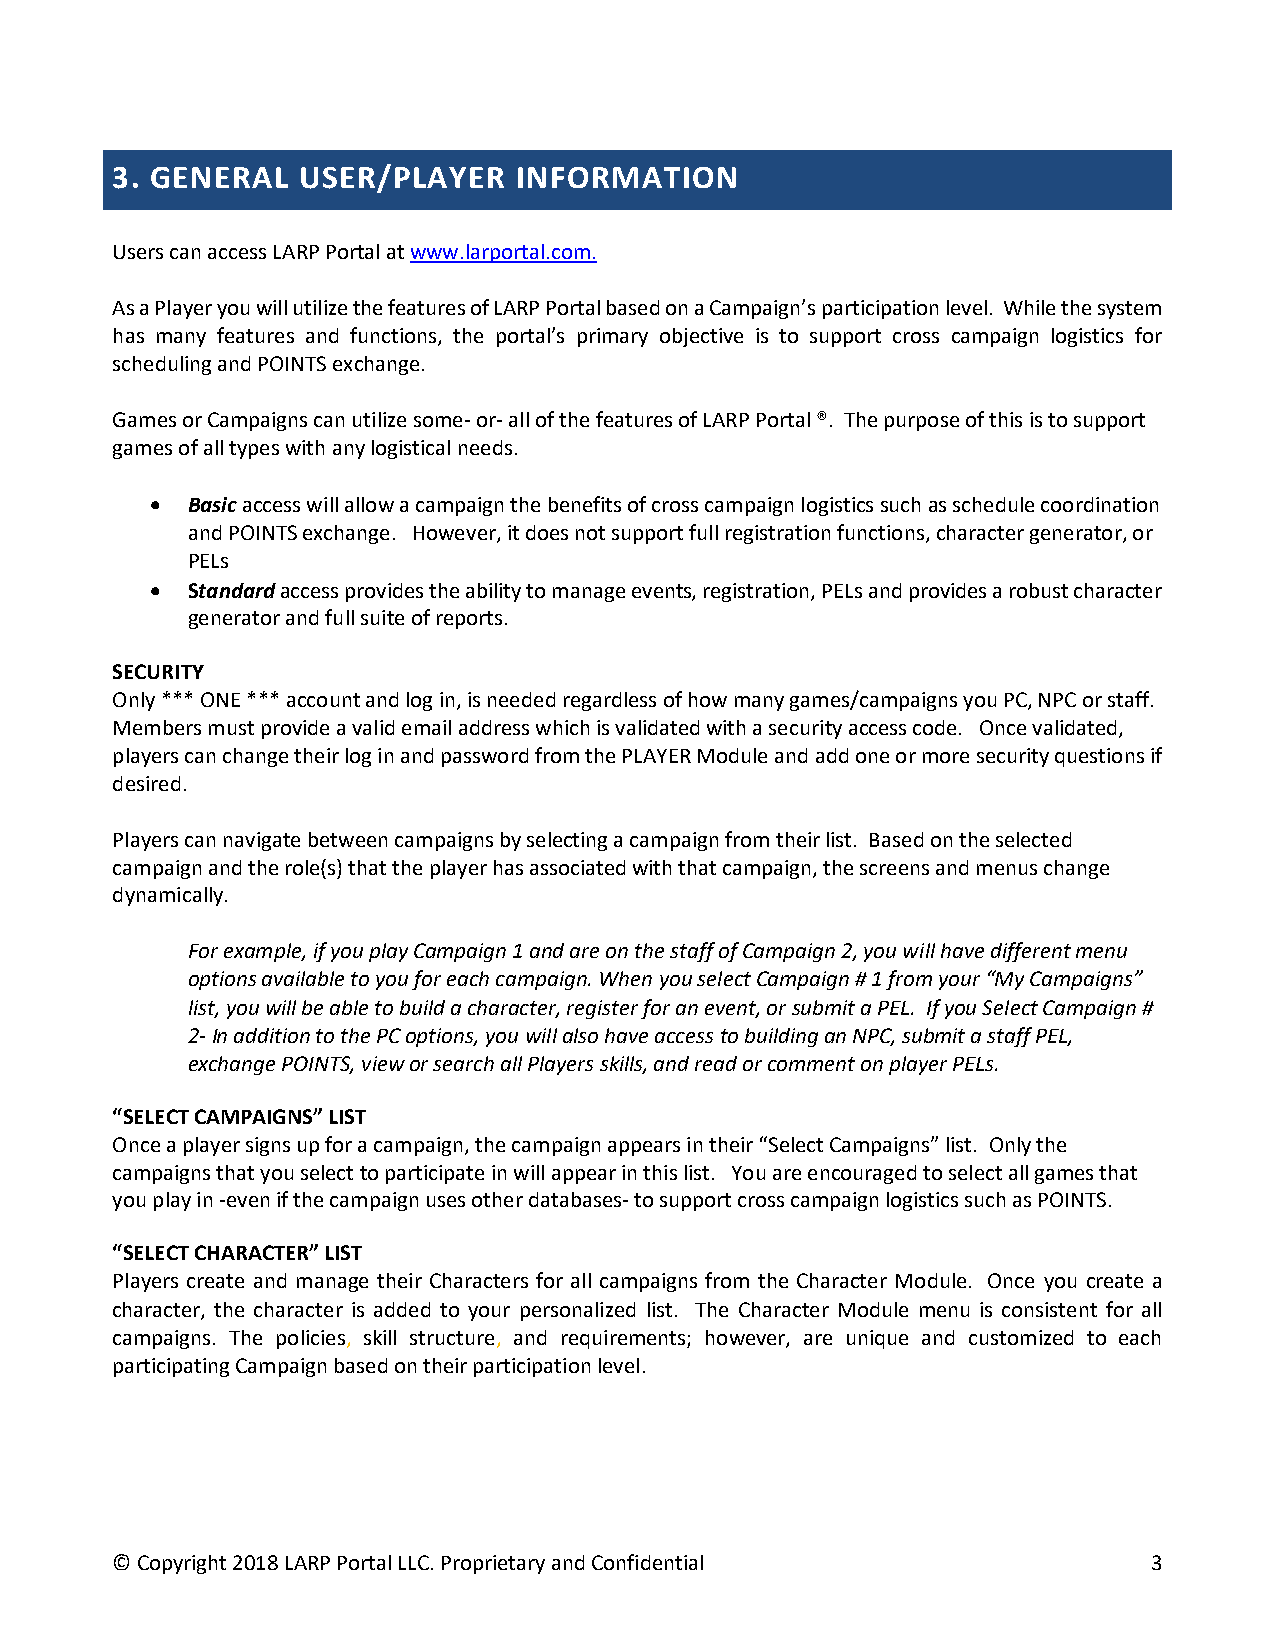
3. GENERAL   USER/PLAYER   INFORMATION
 Users can access LARP Portal at www.larportal.com.
 As a Player you will utilize the features of LARP Portal based on a Campaign’s participation level. While the system
 has many features and functions, the portal’s primary objective is to support cross campaign logistics for
 scheduling and POINTS exchange.
 Games or Campaigns can utilize some- or- all of the features of LARP Portal ®. The purpose of this is to support
 games of all types with any logistical needs.
 • Basic access will allow a campaign the benefits of cross campaign logistics such as schedule coordination
 and POINTS exchange. However, it does not support full registration functions, character generator, or
 PELs
 • Standard access provides the ability to manage events, registration, PELs and provides a robust character
 generator and full suite of reports.
 SECURITY
 Only *** ONE *** account and log in, is needed regardless of how many games/campaigns you PC, NPC or staff.
 Members must provide a valid email address which is validated with a security access code. Once validated,
 players can change their log in and password from the PLAYER Module and add one or more security questions if
 desired.
 Players can navigate between campaigns by selecting a campaign from their list. Based on the selected
 campaign and the role(s) that the player has associated with that campaign, the screens and menus change
 dynamically.
 For example, if you play Campaign 1 and are on the staff of Campaign 2, you will have different menu
 options available to you for each campaign. When you select Campaign # 1 from your “My Campaigns”
 list, you will be able to build a character, register for an event, or submit a PEL. If you Select Campaign #
 2- In addition to the PC options, you will also have access to building an NPC, submit a staff PEL,
 exchange POINTS, view or search all Players skills, and read or comment on player PELs.
 “SELECT CAMPAIGNS” LIST
 Once a player signs up for a campaign, the campaign appears in their “Select Campaigns” list. Only the
 campaigns that you select to participate in will appear in this list. You are encouraged to select all games that
 you play in -even if the campaign uses other databases- to support cross campaign logistics such as POINTS.
 “SELECT CHARACTER” LIST
 Players create and manage their Characters for all campaigns from the Character Module. Once you create a
 character, the character is added to your personalized list. The Character Module menu is consistent for all
 campaigns. The policies, skill structure, and requirements; however, are unique and customized to each
 participating Campaign based on their participation level.
 © Copyright 2018 LARP Portal LLC. Proprietary and Confidential       3